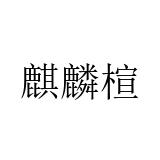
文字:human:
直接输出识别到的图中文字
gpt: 麒麟楦